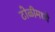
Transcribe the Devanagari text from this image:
टोळीमध्ये